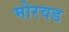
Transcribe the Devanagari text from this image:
मोरवड